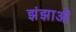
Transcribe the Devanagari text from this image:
झंझाओं